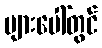
များပေါ်တွင်